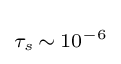
\scriptstyle \tau _{s}\,\sim \,10^{-6}